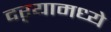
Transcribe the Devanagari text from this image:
दऱ्यामध्ये